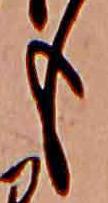
も